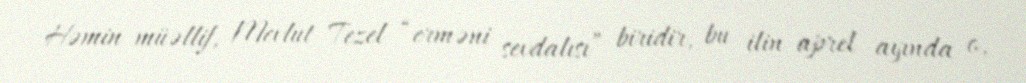
Həmin müəllif, Mevlut Tezel “erməni sevdalısı” biridir, bu ilin aprel ayında o,